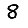
Digit: 8